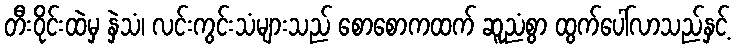
တီးဝိုင်းထဲမှ နှဲသံ၊ လင်းကွင်းသံများသည် စောစောကထက် ဆူညံစွာ ထွက်ပေါ်လာသည်နှင့်